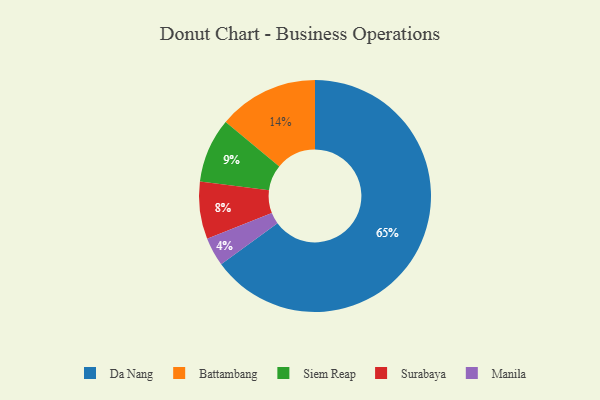
{"axis": {"x": "Category", "y": "Percentage"}, "legend": ["Battambang", "Da Nang", "Manila", "Siem Reap", "Surabaya"], "data": [{"x": "Manila", "y": 4, "type": "Manila"}, {"x": "Da Nang", "y": 65, "type": "Da Nang"}, {"x": "Siem Reap", "y": 9, "type": "Siem Reap"}, {"x": "Battambang", "y": 14, "type": "Battambang"}, {"x": "Surabaya", "y": 8, "type": "Surabaya"}]}